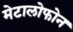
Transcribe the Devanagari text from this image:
मेटालोफोन